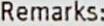
REMARKS: